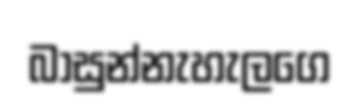
බාසුන්නැහැලගෙ